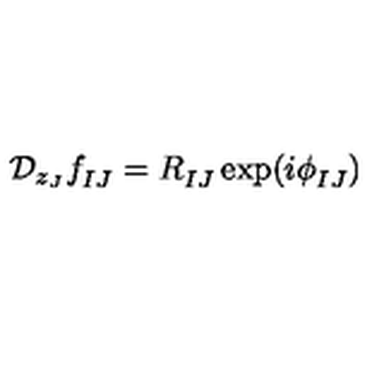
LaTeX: { \cal D } _ { z _ { J } } f _ { I J } ^ { } = R _ { I J } ^ { } \exp ( i \phi _ { I J } ^ { } )